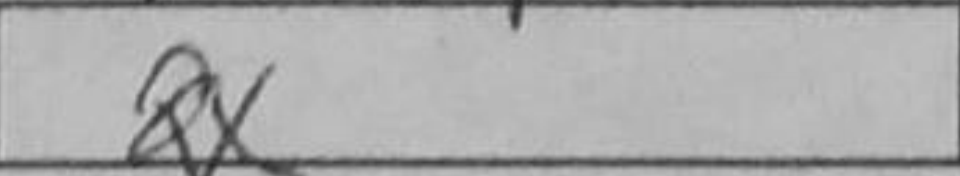
Transcription: Qx